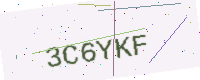
Text: 3C6YKF